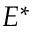
E ^ { * }